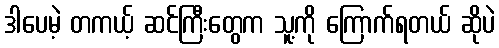
ဒါပေမဲ့ တကယ့် ဆင်ကြီးတွေက သူ့ကို ကြောက်ရတယ် ဆိုပဲ